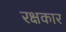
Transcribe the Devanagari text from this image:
रक्षकार